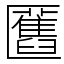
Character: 匶